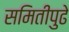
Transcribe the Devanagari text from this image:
समितीपुढे